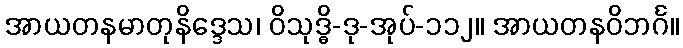
အာယတနမာတုနိဒ္ဒေသ၊ ဝိသုဒ္ဓိ-ဒု-အုပ်-၁၁၂။ အာယတနဝိဘင်္ဂ။